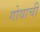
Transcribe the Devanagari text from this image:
गोयाची